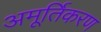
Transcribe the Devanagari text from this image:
अमूर्तिकरण